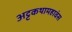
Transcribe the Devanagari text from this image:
अट्टकथामहावंस